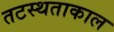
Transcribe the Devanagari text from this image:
तटस्थताकाल